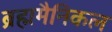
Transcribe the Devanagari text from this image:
ब्रह्ममैनिकल